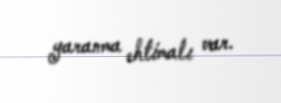
yaranma ehtimalı var.